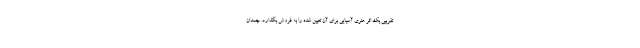
تقریبی یک اثر هنری آسیایی برای آن تعیین شده را به فروش بگذارد. چمدان